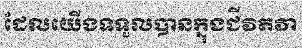
ដែលយើងទទួលបានក្នុងជីវិតវា